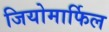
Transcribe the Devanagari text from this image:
जियोमार्फिल